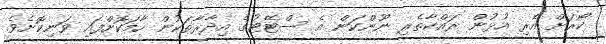
ކޯރަށް އެރި އުޅުން ރައްކާތެރި ނޫންކަން އެ ސްޓޭޓުގެ އިދާރާތަކުން ހާމަކޮށްފައި ވަނިކޮށެވެ.